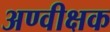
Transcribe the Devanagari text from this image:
अण्वीक्षक